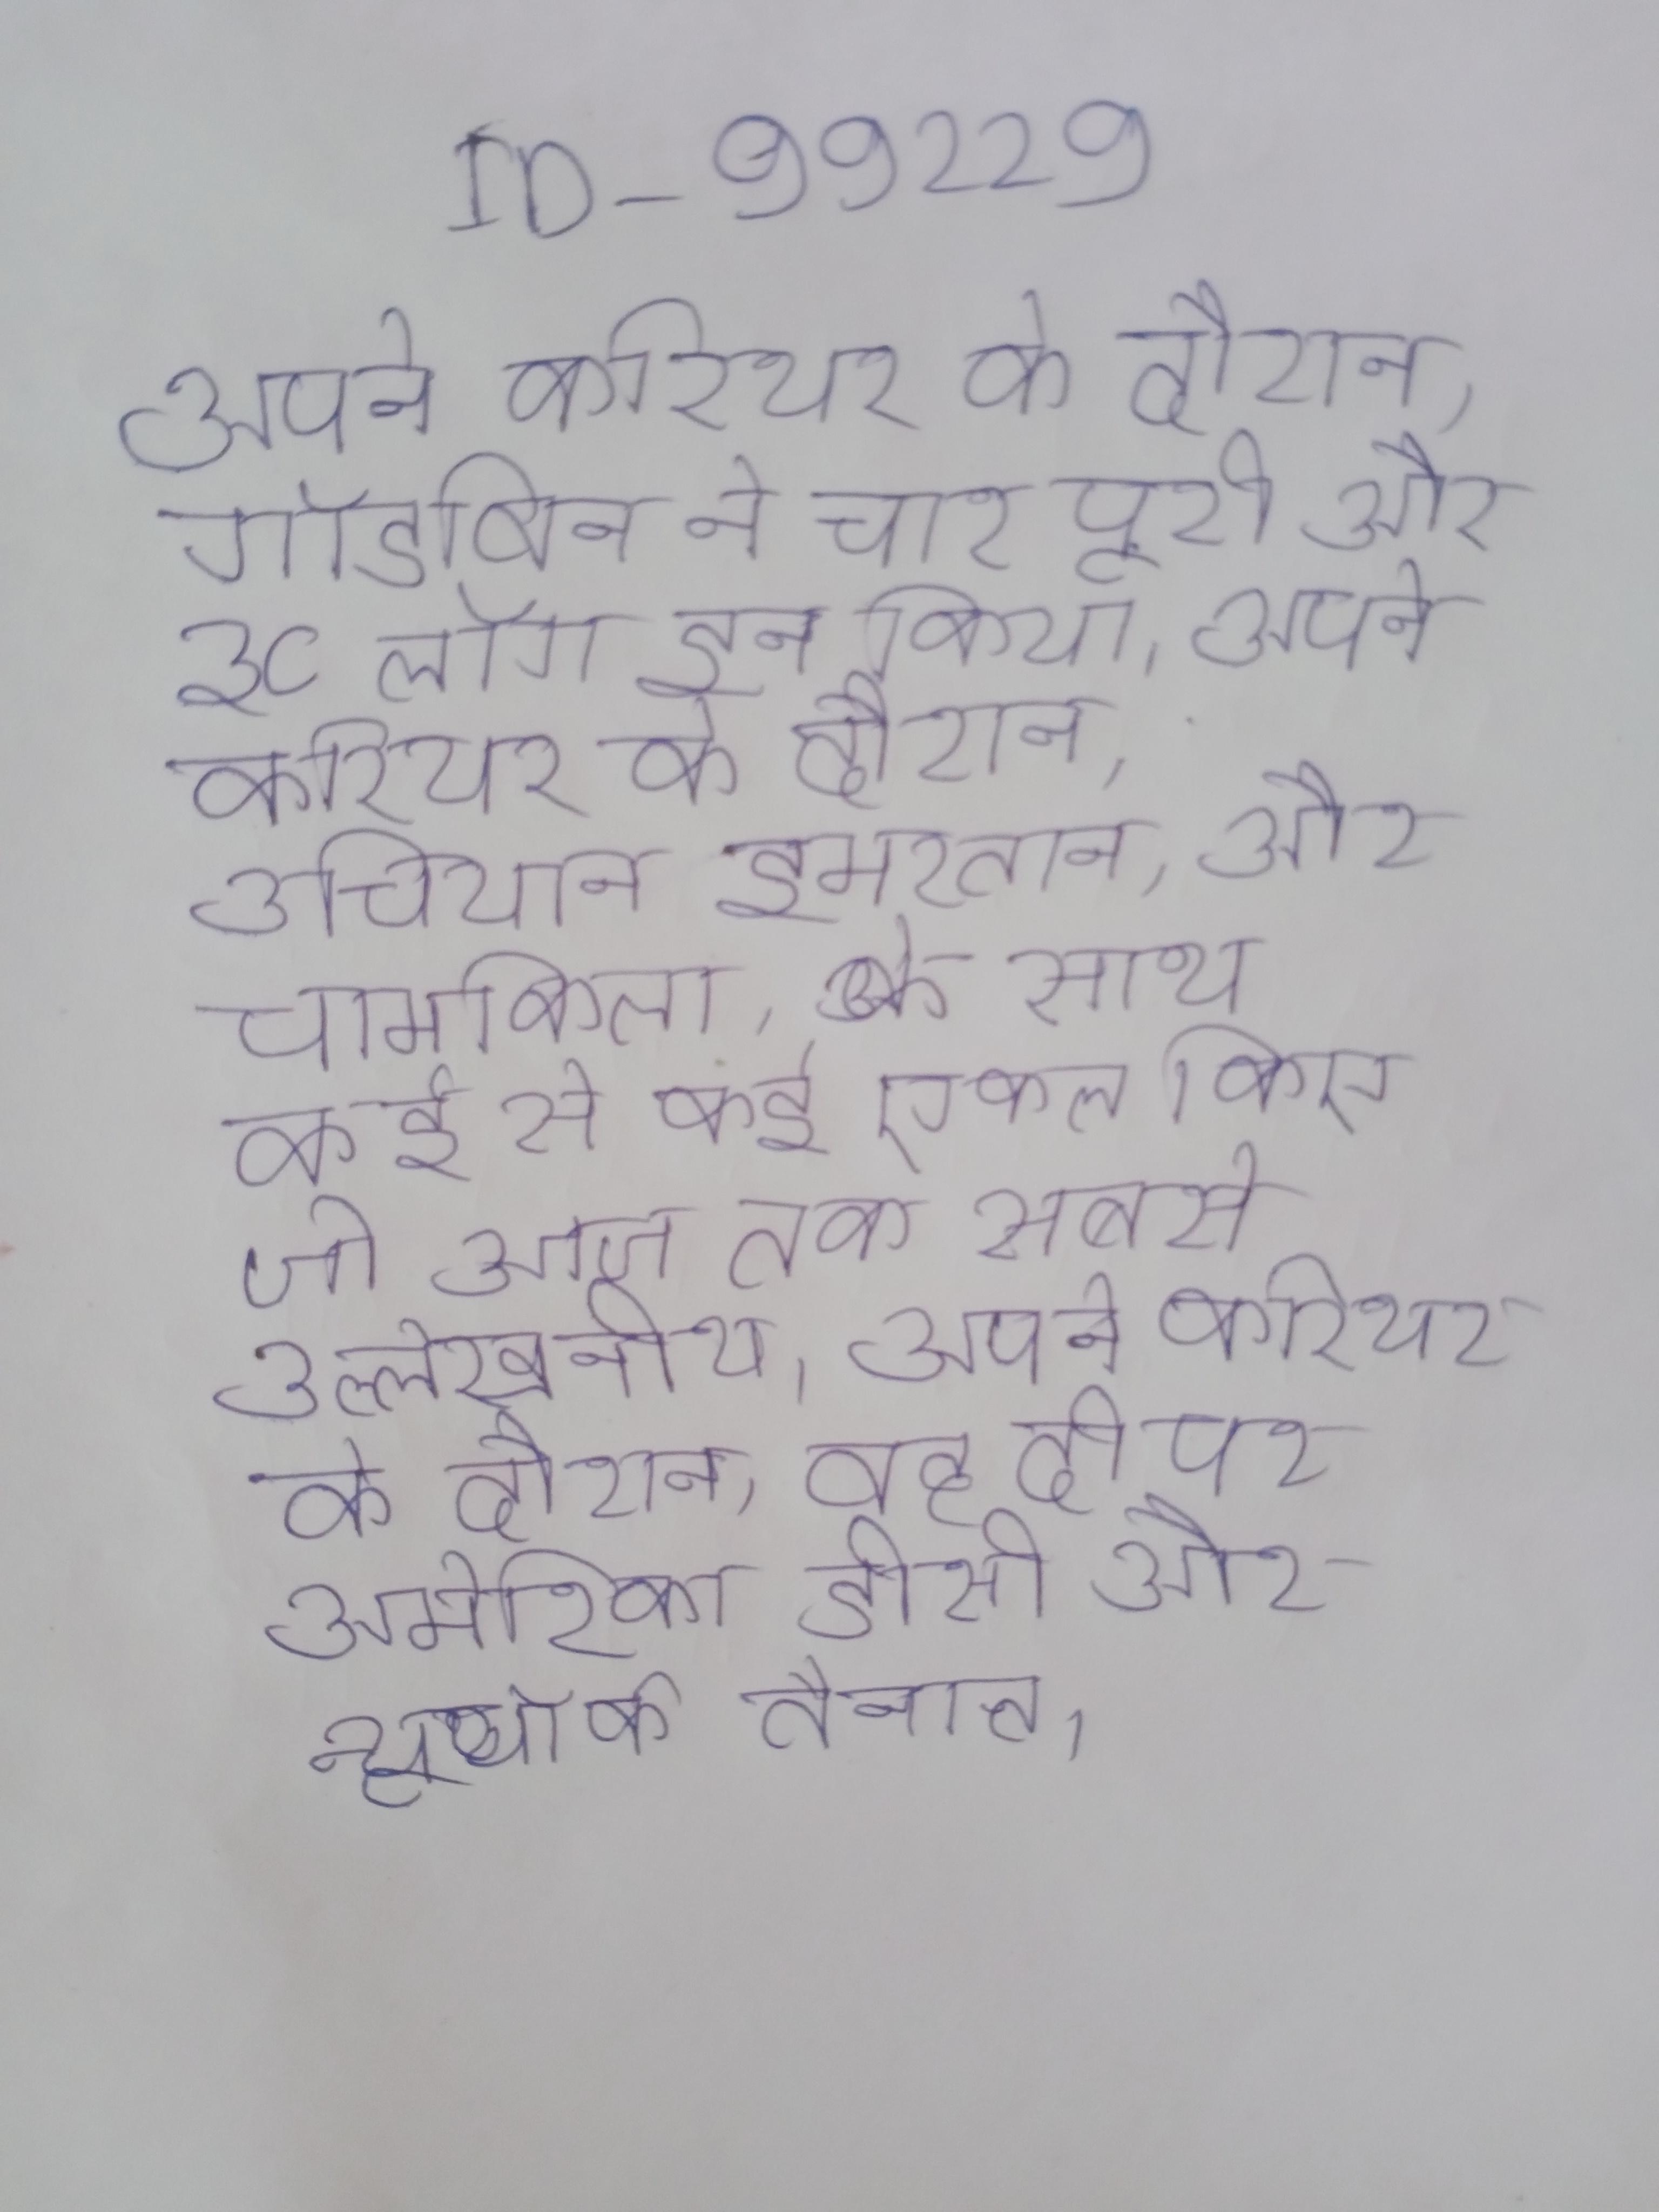
अपने करियर के दौरान, गॉडविन ने चार पूरी और ३८ लॉग इन किया । अपने करियर के दौरान, मान ने सरदार, उचियान इमरतान, और चामकिला के साथ कई से कई एकल किए जो आज तक सबसे उल्लेखनीय । अपने करियर के दौरान, वह दो पर अमेरिका डीसी और न्यूयॉर्क तैनात ।